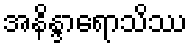
အနိန္ဒာရောသိဿ